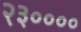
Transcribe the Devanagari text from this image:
२३००००